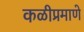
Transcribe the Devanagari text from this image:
कळीप्रमाणे